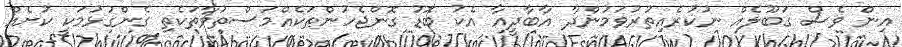
އިން ވެސް ގަބޫލެއް ނުކުރެއިތުރުވަމުންދާ އާބާދީއާ އެކު ބޮޑު ގޮންޖެހުންތަކެއްމަސްތުވާތަކެތި ގެންގުޅުމަކީ ކުށެއް